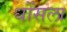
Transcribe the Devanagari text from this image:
धोंसला